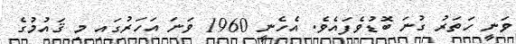
ވަނީ ހަތަރު ގުނަ ބޮޑުވެފައެވެ. އެހެނީ 1960 ވަނަ އަހަރުގައި މި ޤައުމުގެ